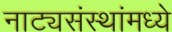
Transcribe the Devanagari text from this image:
नाट्यसंस्थांमध्ये